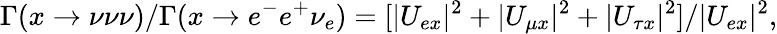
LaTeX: \Gamma(x\to\nu\nu\nu)/\Gamma(x\to e^{-}e^{+}\nu_{e})=[|U_{ex}|^{2}+|U_{\mu x}|^{2}+|U_{\tau x}|^{2}]/|U_{ex}|^{2},